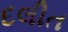
દલીત